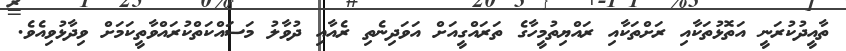
ތާއީދުކުރަނީ އަތޮޅުތަކާއި ރަށްތަކާއި ރައްޔިތުމީހާގެ ތަރައްގީއަށް އަވަދިނެތި ރެއާއި ދުވާލު މަސައްކަތްކުރައްވާތީކަމަށް ވިދާޅުވިއެވެ.